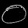
Digit: ၀